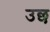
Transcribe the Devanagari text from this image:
उछ